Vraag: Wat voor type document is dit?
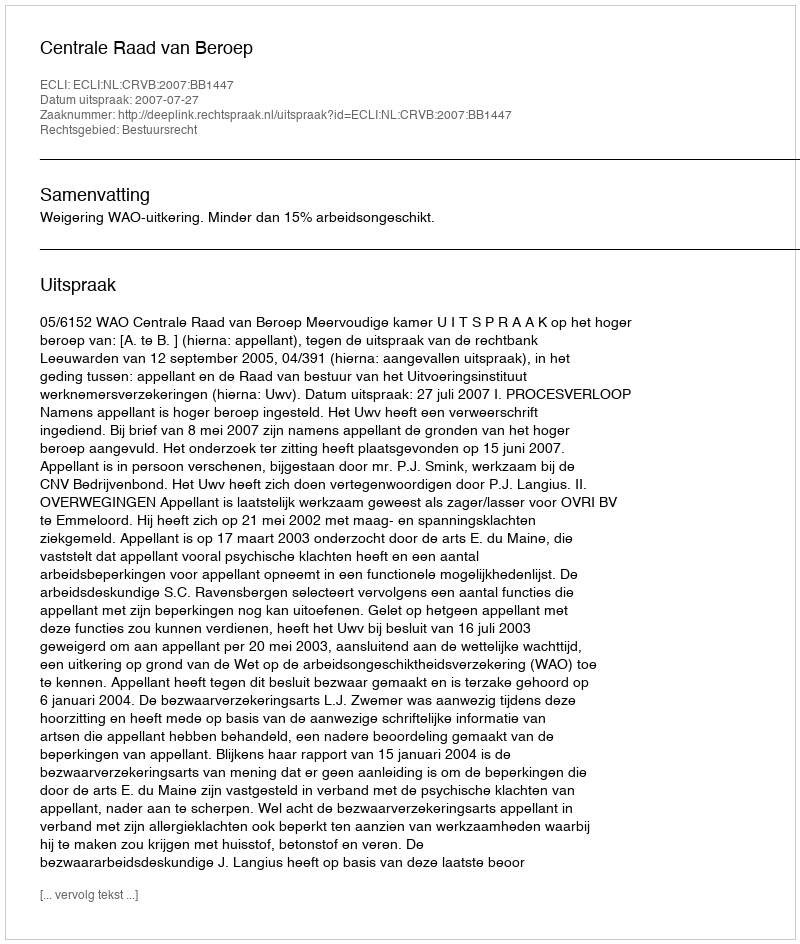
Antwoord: Uitspraak